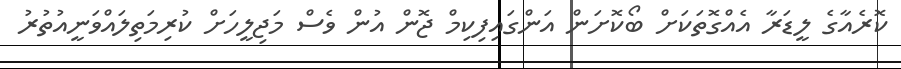
ކޮރެއާގެ ލީޑަރާ އެއްގޮތަކަށް ބޯކޮށަން އަންގައިފިކިމް ޖޮން އުން ވެސް މަޖިލީހަށް ކުރިމަތިލައްވަނީއުތުރު